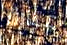
عبارة